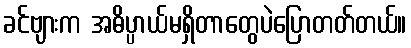
ခင်ဗျားက အဓိပ္ပာယ်မရှိတာတွေပဲပြောတတ်တယ်။